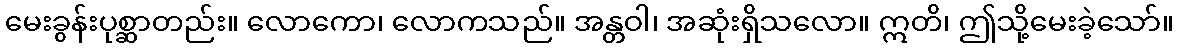
မေးခွန်းပုစ္ဆာတည်း။ လောကော၊ လောကသည်။ အန္တဝါ၊ အဆုံးရှိသလော။ ဣတိ၊ ဤသို့မေးခဲ့သော်။